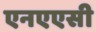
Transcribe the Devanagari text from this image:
एनएएसी